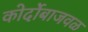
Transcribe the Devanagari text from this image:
कोर्दोबाजवळ